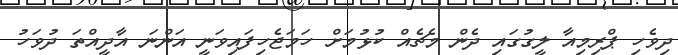
ދިވެހި ޕްރިމިއާ ލީގުގައި ދެން މެޗެއް ކުޅުމަށް ހަމަޖެހިފައިވަނީ އަންނަ އާދީއްތަ ދުވަހު